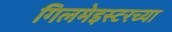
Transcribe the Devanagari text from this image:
गिलमेइस्टरच्या